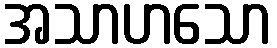
အသာဟသော